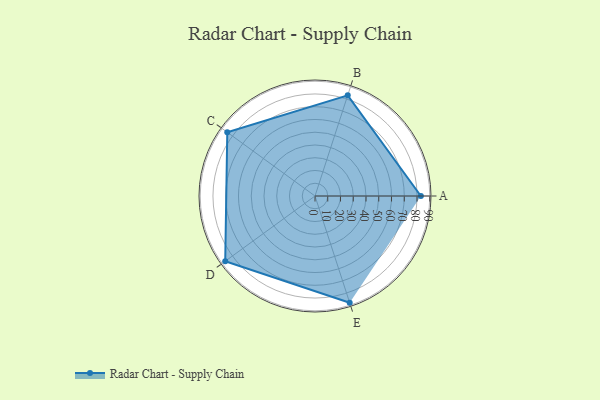
{"axis": {"x": "Skill", "y": "Score"}, "legend": ["Profile"], "data": [{"x": "A", "y": 83.0, "type": "Profile"}, {"x": "B", "y": 83.0, "type": "Profile"}, {"x": "C", "y": 85.0, "type": "Profile"}, {"x": "D", "y": 87.0, "type": "Profile"}, {"x": "E", "y": 88.0, "type": "Profile"}]}